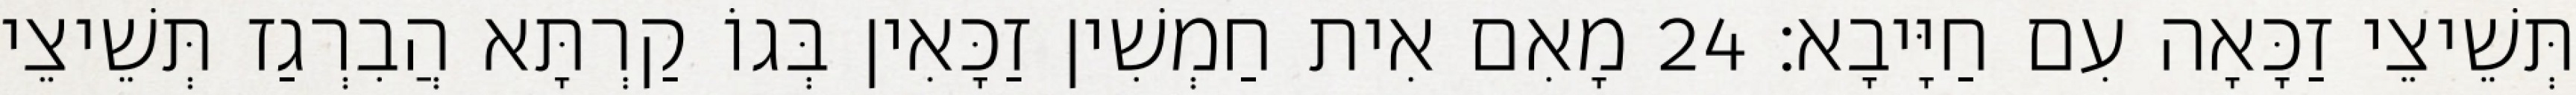
תְּשֵׁיצֵי זַכָּאָה עִם חַיָּיבָא׃ 24 מָאִם אִית חַמְשִׁין זַכָּאִין בְּגוֹ קַרְתָּא הֲבִרְגַז תְּשֵׁיצֵי